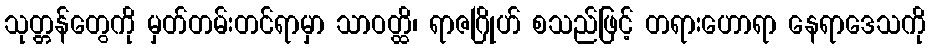
သုတ္တန်တွေကို မှတ်တမ်းတင်ရာမှာ သာဝတ္ထိ၊ ရာဇဂြိုဟ် စသည်ဖြင့် တရားဟောရာ နေရာဒေသကို